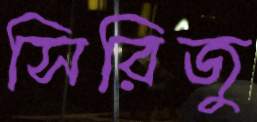
সিরিজু